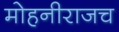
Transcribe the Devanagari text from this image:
मोहनीराजच